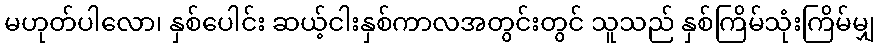
မဟုတ်ပါလော၊ နှစ်ပေါင်း ဆယ့်ငါးနှစ်ကာလအတွင်းတွင် သူသည် နှစ်ကြိမ်သုံးကြိမ်မျှ